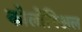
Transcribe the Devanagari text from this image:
कोलोनिअल